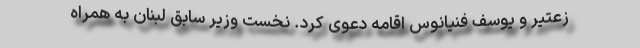
زعتیر و یوسف فنیانوس اقامه دعوی کرد. نخست وزیر سابق لبنان به همراه